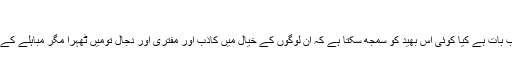
صفحہ 125)
پھر آپؑ فرماتے ہیں: ’’یہ عجیب بات ہے کیا کوئی اس بھید کو سمجھ سکتا ہے کہ ان لوگوں کے خیال میں کاذب اور مفتری اور دجّال تومَیں ٹھہرا مگر مباہلے کے وقت میں یہی لوگ مرتے ہیں۔